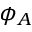
\phi _ { A }